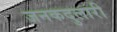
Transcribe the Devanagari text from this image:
जनकदुलारी